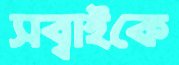
সব্বাইকে